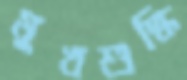
মুখশুদ্ধি